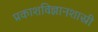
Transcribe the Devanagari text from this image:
प्रकाशविज्ञानशास्री